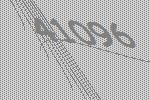
41096